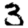
Digit: 3